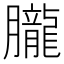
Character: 𦢫